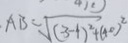
A B = \sqrt { ( 3 - 1 ) ^ { 2 } + ( 4 0 ) ^ { 2 } }